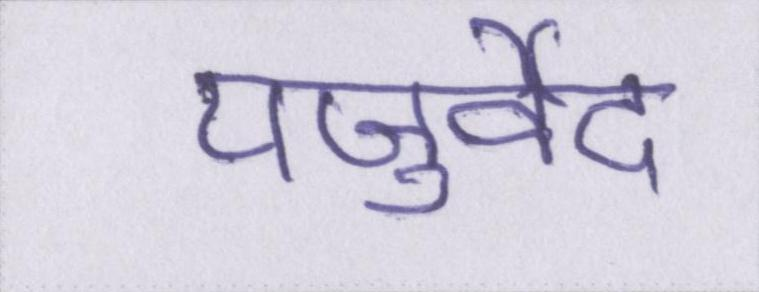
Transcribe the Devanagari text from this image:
यजुर्वेद